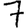
Digit: 7